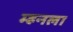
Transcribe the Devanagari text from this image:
म्हनला